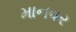
માનવર